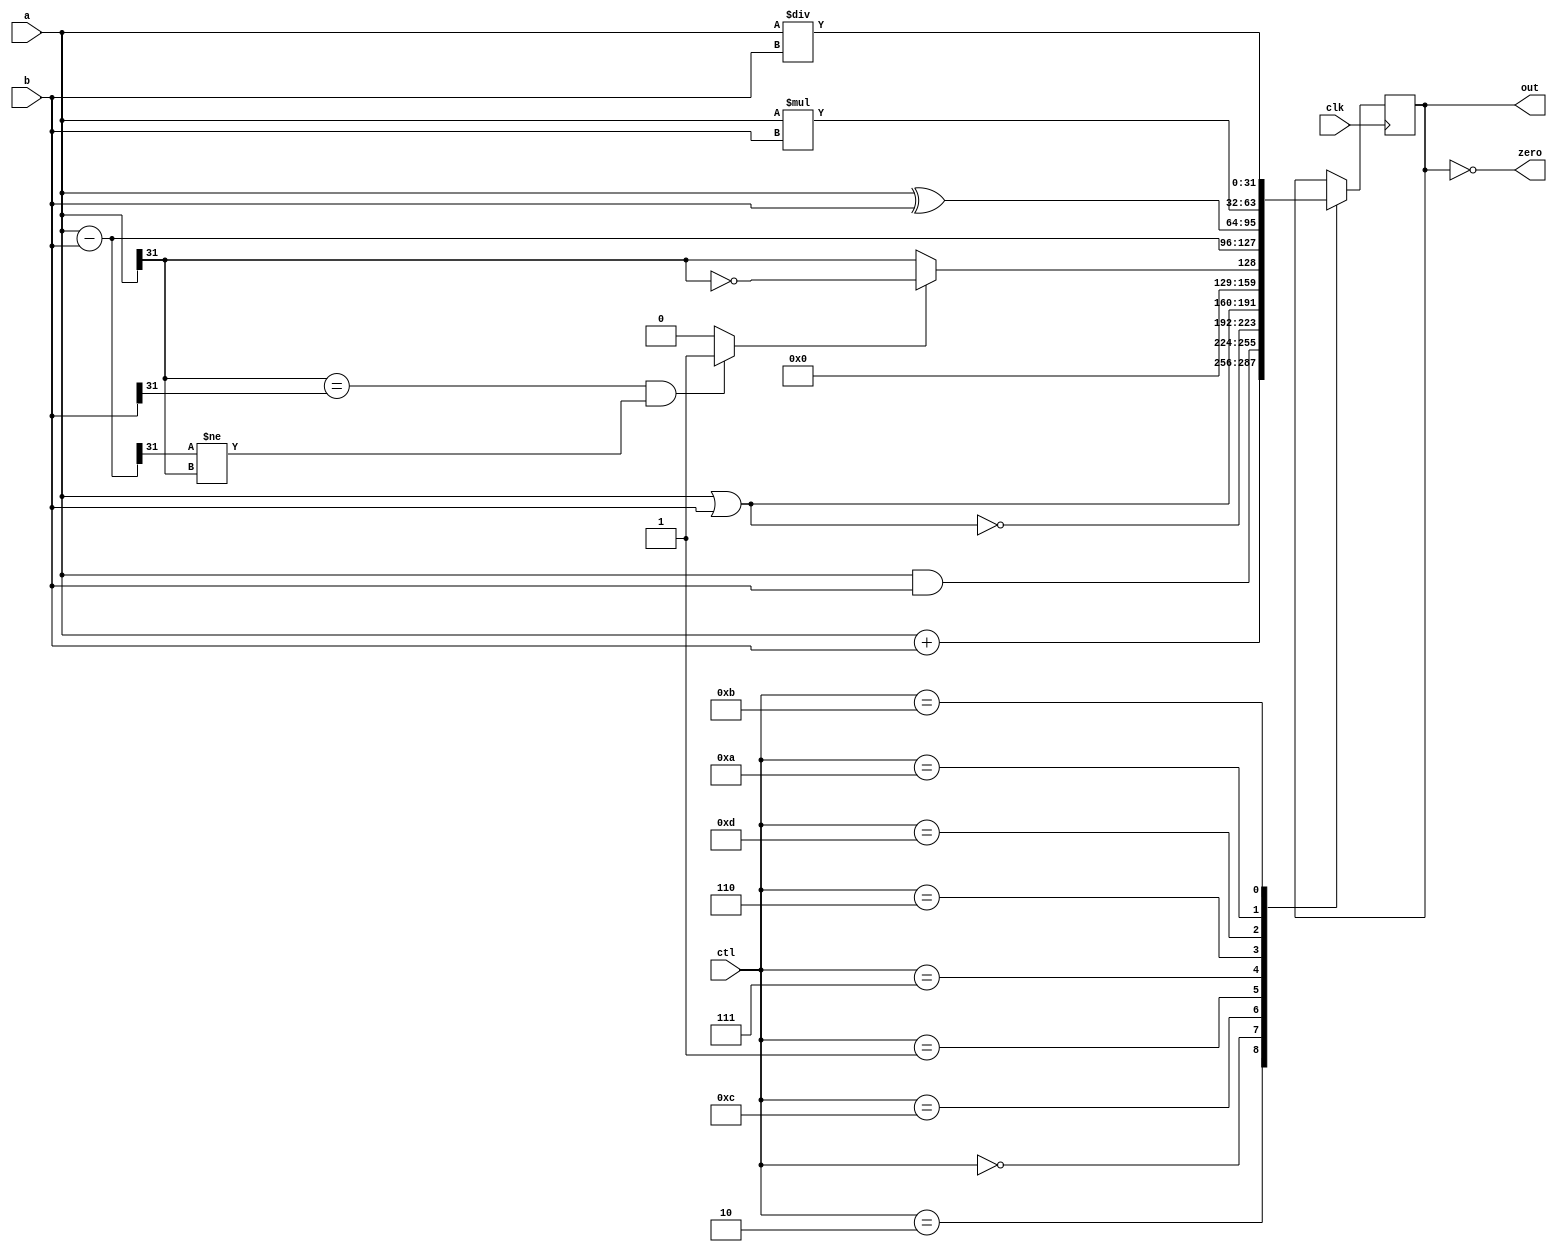
`ifndef __MIPS_ALU
`define __MIPS_ALU


`define ALU_ADD 4'd2
`define ALU_AND 4'd0
`define ALU_NOR 4'd12
`define ALU_OR  4'd1
`define ALU_SLT 4'd7
`define ALU_SUB 4'd6
`define ALU_XOR 4'd13
`define ALU_MUL 4'd10
`define ALU_DIV 4'd11

module alu (
    input clk,
   input [3:0] ctl,
   input [31:0] a, b,
   output reg[31:0] out,
   output zero
);
wire [31:0] sub_ab;
wire [31:0] add_ab;
wire oflow_add;
wire oflow_sub;
wire slt;

assign zero = (0 == out);
assign sub_ab = a - b;
assign add_ab = a + b;
assign oflow_add = (a[31] == b[31] && add_ab[31] != a[31]) ? 1 : 0;
assign oflow_sub = (a[31] == b[31] && sub_ab[31] != a[31]) ? 1 : 0;

assign oflow = (ctl == 4'b0010) ? oflow_add : oflow_sub;

assign slt = oflow_sub ? ~(a[31]) : a[31];

always @(posedge clk) begin
    case(ctl) 
        `ALU_ADD:
            out = add_ab;
        `ALU_AND:
            out = a & b;
        `ALU_NOR:
            out = ~(a | b);
        `ALU_OR:
            out = a | b;
        `ALU_SLT:
            out = {{31{1'b0}}, slt};
        `ALU_SUB:
            out = sub_ab;
        `ALU_XOR:
            out = a ^ b;
        `ALU_MUL:
            out = a * b;
        `ALU_DIV:
            out = a / b;
    endcase 
end
endmodule

`endif